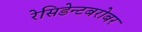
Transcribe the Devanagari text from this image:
रेसिडेन्टबरोबर